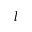
l